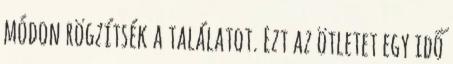
módon rögzítsék a találatot. Ezt az ötletet egy idő